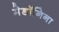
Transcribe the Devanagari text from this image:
मेडॉनिना